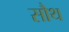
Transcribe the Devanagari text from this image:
सौथ